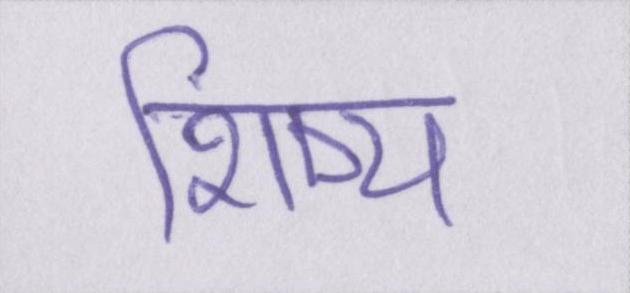
शिष्य